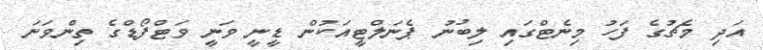
އަދި މެޗުގެ ފަހު މިނެޓްގައި ލިބުނު ޕެނަލްޓީއަކުން ޑީނީ ވަނީ ވަޓްފޯޑްގެ ތިންވަނަ